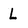
Character: L